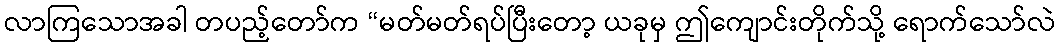
လာကြသောအခါ တပည့်တော်က “မတ်မတ်ရပ်ပြီးတော့ ယခုမှ ဤကျောင်းတိုက်သို့ ရောက်သော်လဲ